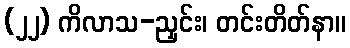
(၂၂) ကိလာသ-ညှင်း၊ တင်းတိတ်နာ။